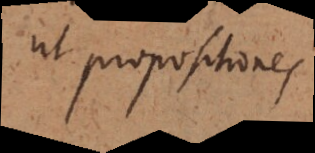
ut propositiones